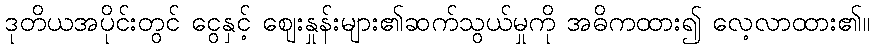
ဒုတိယအပိုင်းတွင် ငွေနှင့် ဈေးနှုန်းများ၏ဆက်သွယ်မှုကို အဓိကထား၍ လေ့လာထား၏။